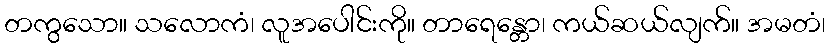
တကွသော။ သလောကံ၊ လူအပေါင်းကို။ တာရေန္တော၊ ကယ်ဆယ်လျက်။ အမတံ၊